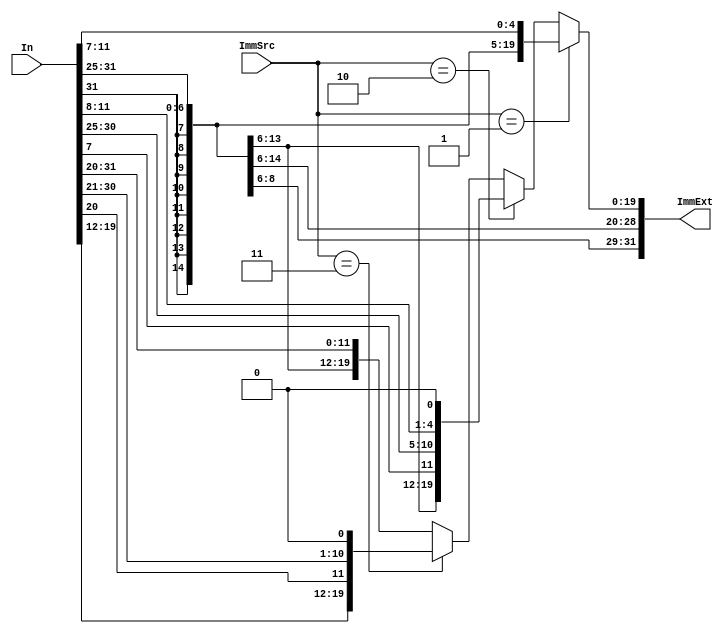
`timescale 1ns / 1ps
//////////////////////////////////////////////////////////////////////////////////
// Company: 
// Engineer: 
// 
// Design Name: 
// Module Name: sign_ext
// Project Name: 
// Target Devices: 
// Tool Versions: 
// Description: 
// 
// Dependencies: 
// 
// Revision:
// Revision 0.01 - File Created
// Additional Comments:
// 
//////////////////////////////////////////////////////////////////////////////////


module sign_ext(In,ImmExt,ImmSrc);

input [31:0] In;
input  [1:0] ImmSrc;
output [31:0] ImmExt;

////We perform here cancatenation if MSB of input is 1 then we'll assign 1 bit binary to///
//// First 20 bits of output otherwise else////

assign ImmExt = (ImmSrc == 2'b01 ) ? {{20{In[31]}}, In[31:25], In[11:7]} :
                (ImmSrc == 2'b10 ) ? {{20{In[31]}}, In[7], In[30:25], In[11:8], 1'b0} :
                (ImmSrc == 2'b11 ) ? {{12{In[31]}}, In[19:12], In[20], In[30:21], 1'b0}:
                {{20{In[31]}}, In[31:20]} ;
                                        
endmodule